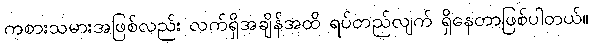
ကစားသမားအဖြစ်လည်း လက်ရှိအချိန်အထိ ရပ်တည်လျက် ရှိနေတာဖြစ်ပါတယ်။